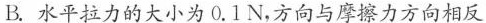
B.水平拉力的大小为0.1N，方向与摩擦力方向相反